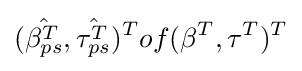
({\hat {\beta _{ps}^{T}}},{\hat {\tau _{ps}^{T}}})^{T}of(\beta ^{T},\tau ^{T})^{T}